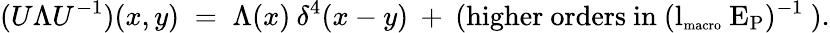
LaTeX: (U\Lambda U^{-1})(x,y)\; =\; \Lambda(x)\: \delta^{4}(x-y)\: +\: {\mathrm{(higher~orders~in~(l_{\mathrm{\scriptsize{macro}}}~E_{P})^{-1}~)}}.